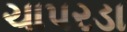
ચાપરડા